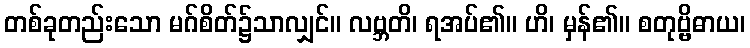
တစ်ခုတည်းသော မဂ်စိတ်၌သာလျှင်။ လဗ္ဘတိ၊ ရအပ်၏။ ဟိ၊ မှန်၏။ စတုဗ္ဗိဓာယ၊